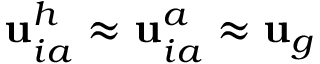
{ \bf u } _ { i a } ^ { h } \approx { \bf u } _ { i a } ^ { a } \approx { \bf u } _ { g }